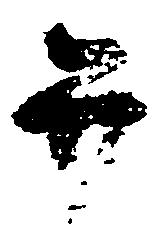
弁